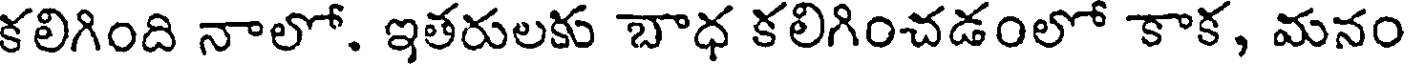
కలిగింది నాలో. ఇతరులకు బాధ కలిగించడంలో కాక, మనం